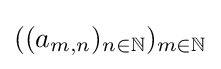
{\textstyle ((a_{m,n})_{n\in \mathbb {N} })_{m\in \mathbb {N} }}